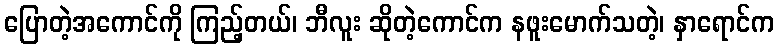
ပြောတဲ့အကောင်ကို ကြည့်တယ်၊ ဘီလူး ဆိုတဲ့ကောင်က နဖူးမောက်သတဲ့၊ နှာရောင်က